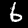
Label: 6